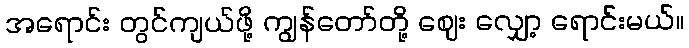
အရောင်း တွင်ကျယ်ဖို့ ကျွန်တော်တို့ ဈေး လျှော့ ရောင်းမယ်။